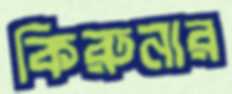
কিরুনার